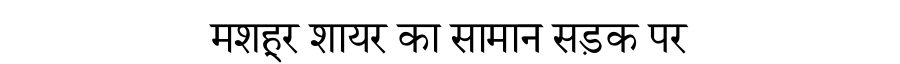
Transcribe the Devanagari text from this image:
मशहूर शायर का सामान सड़क पर